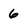
Character: 6